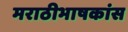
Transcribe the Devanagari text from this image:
मराठीभाषकांस